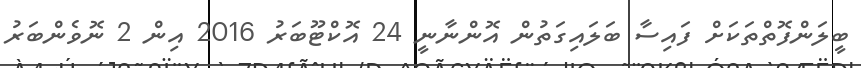
ބީލަންފޮތްތަކަށް ފައިސާ ބަލައިގަތުން އޮންނާނީ 24 އޮކްޓޫބަރު 2016 އިން 2 ނޮވެންބަރު